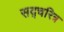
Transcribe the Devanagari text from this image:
सद्चरित्र